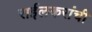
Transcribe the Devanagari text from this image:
राईलकरांची